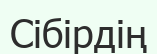
Сібірдің